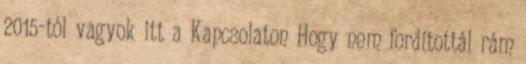
2015-tól vagyok itt a Kapcsolaton Hogy nem fordítottál rám